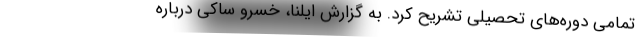
تمامی دوره‌های تحصیلی تشریح کرد. به گزارش ایلنا، خسرو ساکی درباره